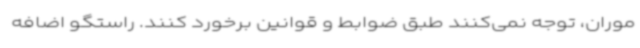
موران، توجه نمی‌کنند طبق ضوابط و قوانین برخورد کنند. راستگو اضافه